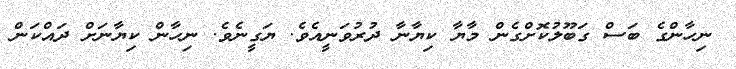
ނިހާންގެ ބަސް ގަބޫލުކޮށްގެން މާޔާ ކިޔާނާ ދުރުވަނީއެވެ. ޔަގީނެވެ. ނިހާން ކިޔާނަށް ދައްކަން